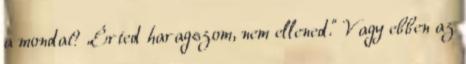
a mondat? „Érted haragszom, nem ellened.” Vagy ebben az